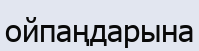
ойпаңдарына